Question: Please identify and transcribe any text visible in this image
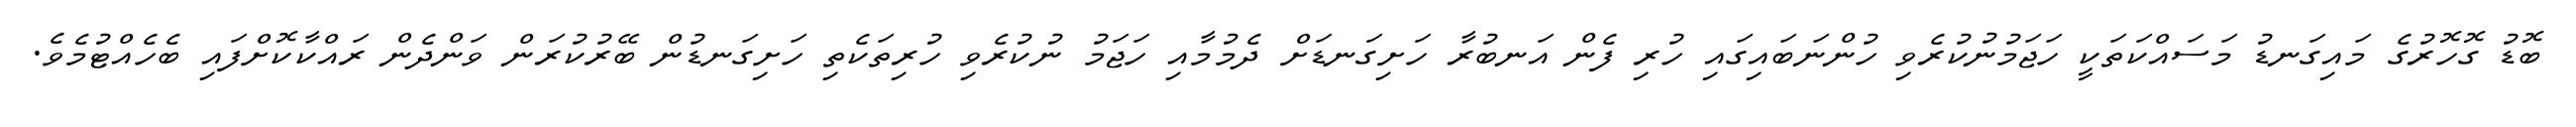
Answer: ބޮޑު ގޮހޮރުގެ މައިގަނޑު މަސައްކަތަކީ ހަޖަމުނުކުރެވި ހުންނަބައިގައި ހުރި ފެން އަނބުރާ ހަށިގަނޑަށް ދެމުމާއި ހަޖަމު ނުކުރެވި ހުރިތަކެތި ހަށިގަނޑުން ބޭރުކުރަން ވަންދެން ރައްކާކޮށްފައި ބެހެއްޓުމެވެ.